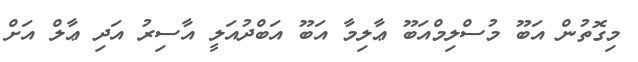
މިގޮތުން އަބޫ މުސްލިމްއަބޫ ޢާލިމާ އަބޫ އަބްދުއަލީ އާސިރު އަދި ޢާލް އަށް